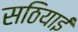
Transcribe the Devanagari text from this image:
सठियाई